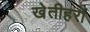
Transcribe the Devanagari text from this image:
खेतीहरों